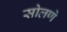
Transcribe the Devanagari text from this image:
सोलणे